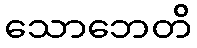
သောဘေတိ